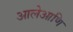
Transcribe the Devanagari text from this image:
आलेआणि